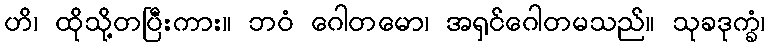
ဟိ၊ ထိုသို့တပြီးကား။ ဘဝံ ဂေါတမော၊ အရှင်ဂေါတမသည်။ သုခဒုက္ခံ၊